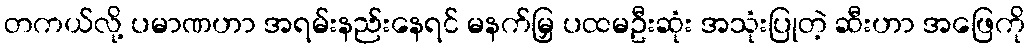
တကယ်လို့ ပမာဏဟာ အရမ်းနည်းနေရင် မနက်မြှ ပထမဦးဆုံး အသုံးပြုတဲ့ ဆီးဟာ အဖြေကို